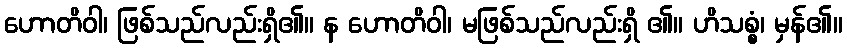
ဟောတိဝါ၊ ဖြစ်သည်လည်းရှိ၏။ န ဟောတိဝါ၊ မဖြစ်သည်လည်းရှိ ၏။ ဟိသစ္စံ၊ မှန်၏။